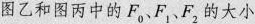
图乙和图丙中的F_{0}、F_{1}、F_{2}的大小